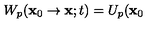
W _ { p } ( \mathbf { x } _ { 0 } \rightarrow \mathbf { x } ; t ) = U _ { p } ( \mathbf { x } _ { 0 }